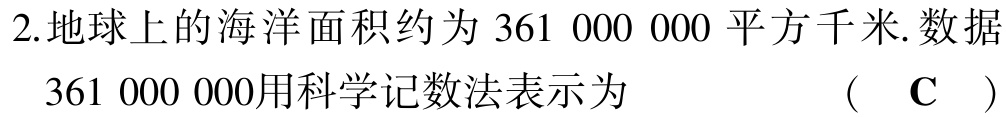
2.地球上的海洋面积约为 361 000 000 平方千米.数据

361 000 000用科学记数法表示为  （ $\mathbf{C}$ ）